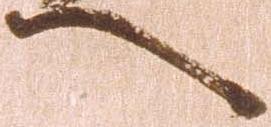
へ